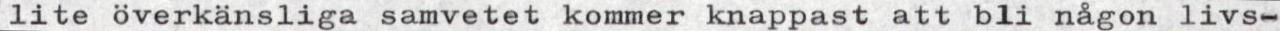
lite överkänsliga samvetet kommer knappast att bli någon livs-